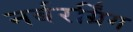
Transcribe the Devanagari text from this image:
नर्बरर्ग्रिंग